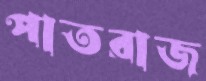
পাতরাজ